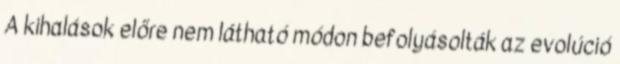
A kihalások előre nem látható módon befolyásolták az evolúció